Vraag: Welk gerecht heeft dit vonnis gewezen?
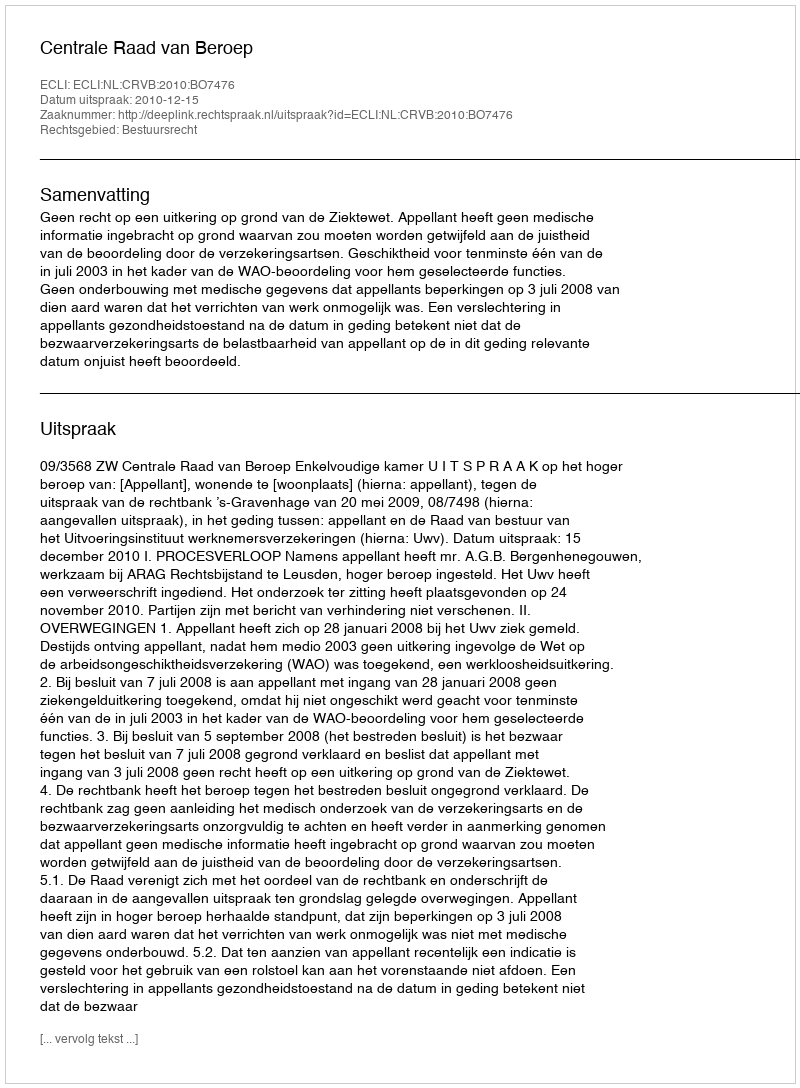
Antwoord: Centrale Raad van Beroep